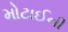
મોટાઈની